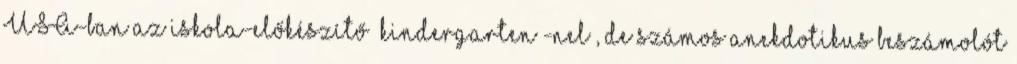
USA-ban az iskola-előkészítő “kindergarten”-nel , de számos anekdotikus beszámolót